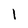
Character: 1